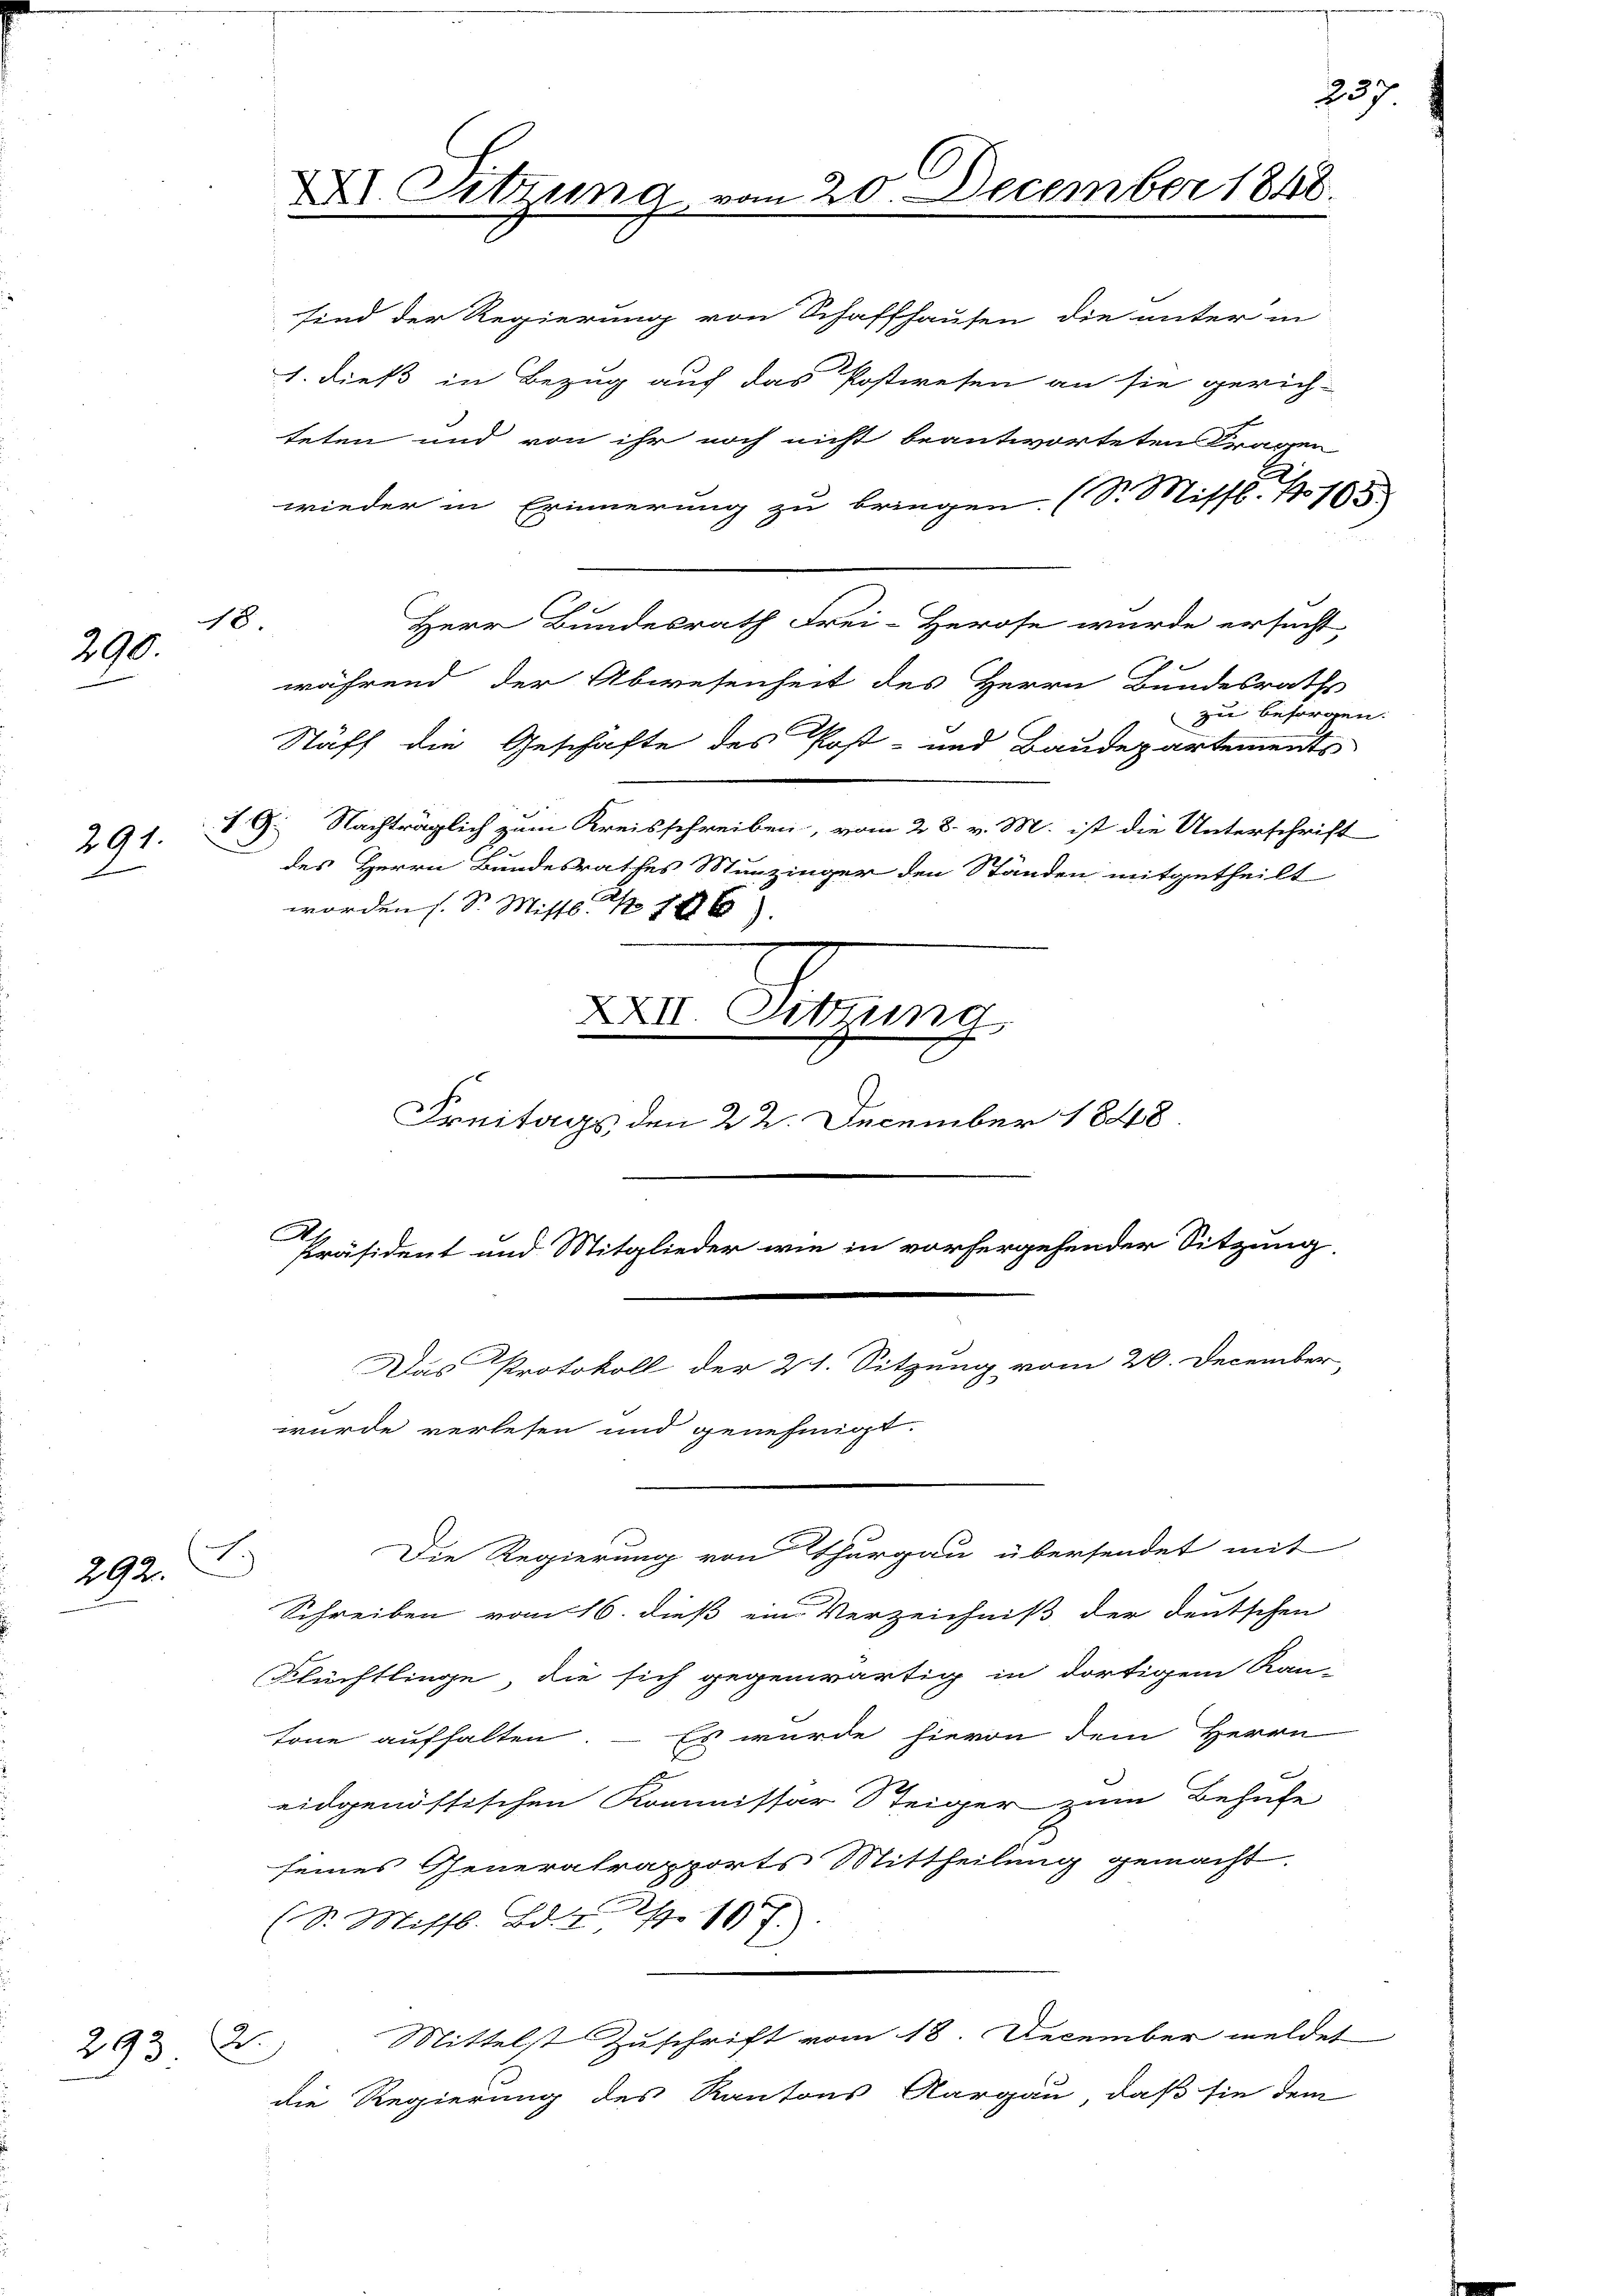
18.
290.

d

E
.
292.

292
3.2.

sind der Regierung von Schaffhausen die unter in
1. dieß in Bezug auf das Postwesen an sie gerich-
teten und von ihr noch nicht beantworteten Fragen
wieder in Erinnerung zu bringen. (S. Missl No 105
Herr Bundesrath Frei-Herose wurde ersucht,
während der Abwesenheit des Herrn Bundesraths
zu besorgen.
Staff die Geschäfte des Post- und Baudepartements
291. 9. Nachträglich zum Kreisschreiben, vom 28. v. M. ist die Unterschrift
des Herrn Bundesrathes Münzinger den Ständen mitgetheilt
worden s. Sr. Mistl. Z 186).
X Sitzung
Freitags den 22. December 1848
Präsident und Mitglieder wie in vorhergehender Sitzung.

XXI. Sitzung.

Das Protokoll der 21. Sitzung vom 20. December,
wurde verlesen und genehmigt.

VII.

m 20. December 1848.

Die Regierung von Thurgau übersendet mit
Schreiben vom 16. dieß ein Verzeichniß der deutschen
Flüchtlinge, die sich gegenwärtig in dortigem Kan-
tone aufhalten. – Es wurde hievon dem Herrn
eidgenössischen Kommissar Steiger zum Behufe
seines Generatrapports Mittheilung gemacht
(S. Missl. Bd. 107.
Mittelst Zuschrift vom 18. December meldet
die Regierung des Kantons Aargau, daß sie dem

237

|